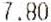
7.80